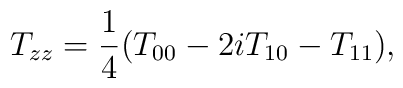
T_{zz}=\frac{1}{4}(T_{00}-2iT_{10}-T_{11}),